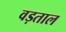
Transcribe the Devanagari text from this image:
वड़ताल